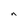
Character: n